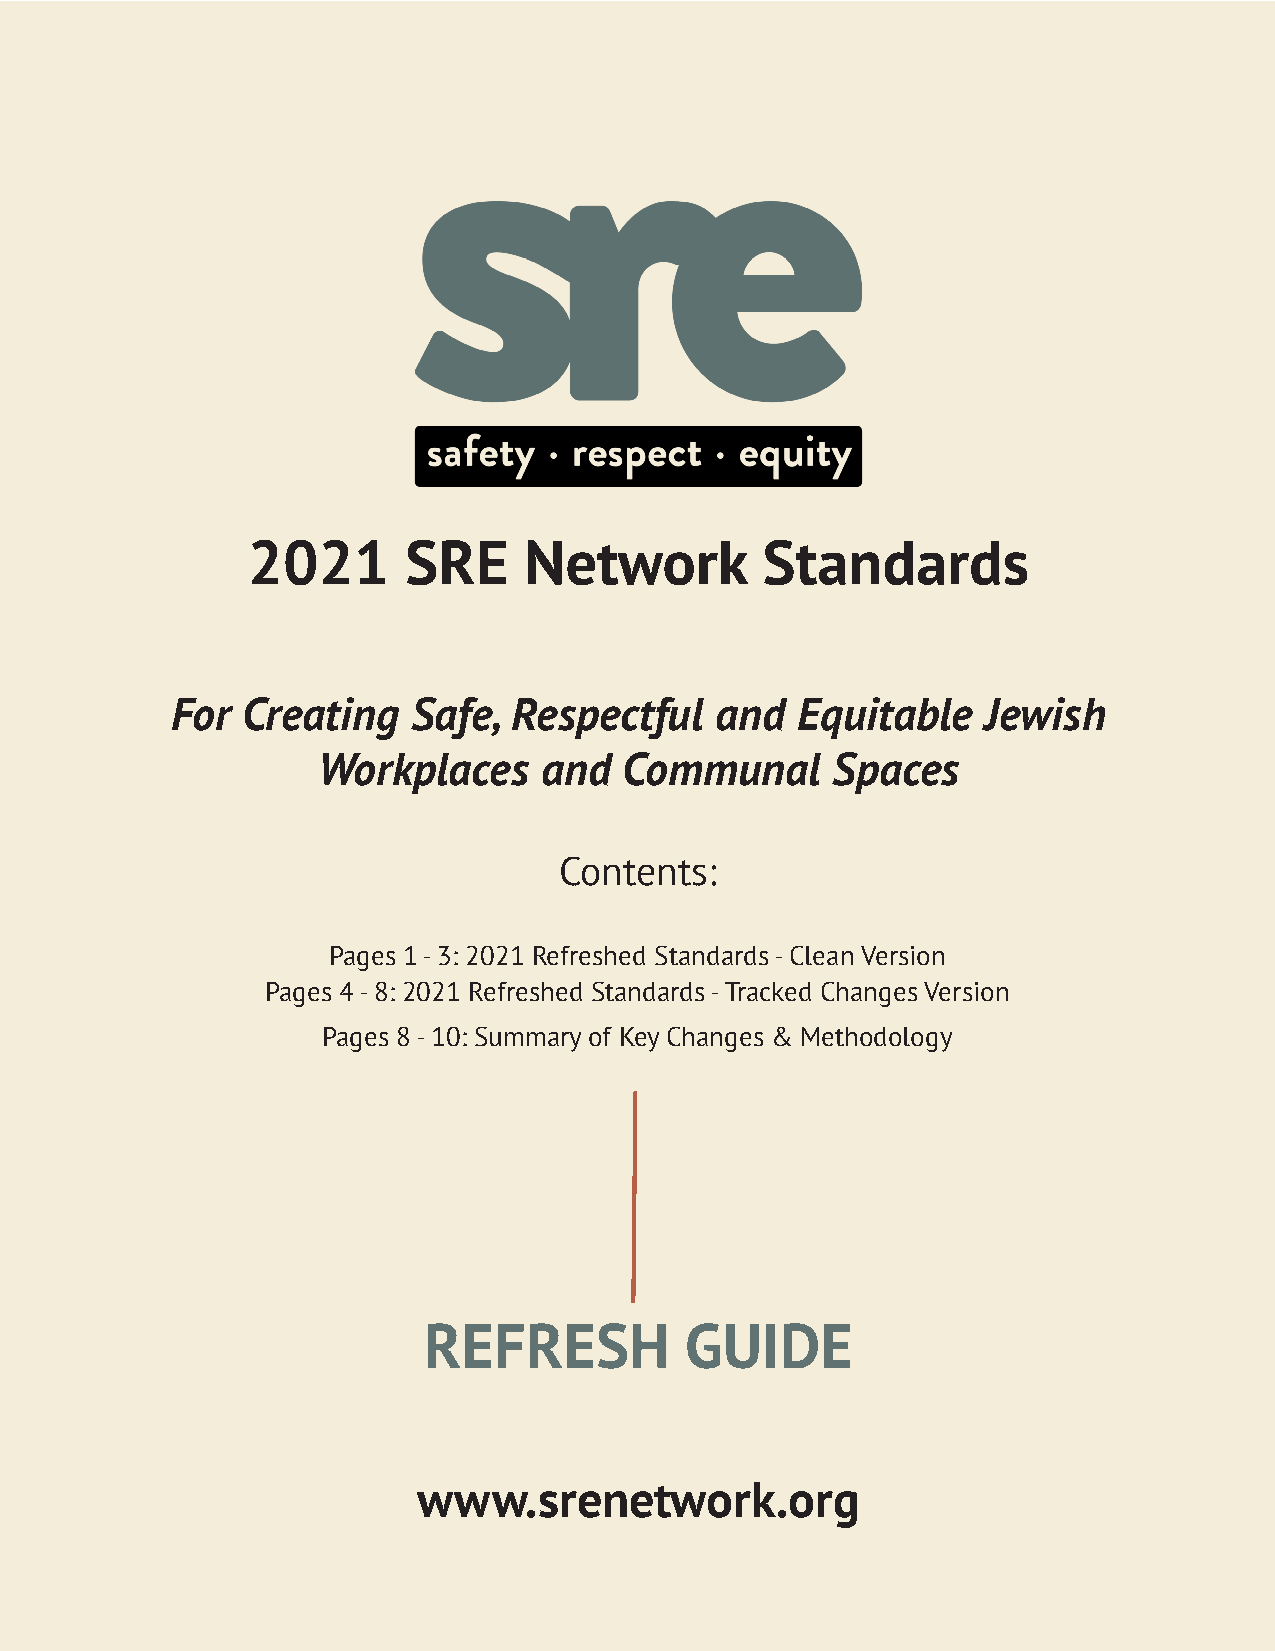
2021       SRE     Network        Standards
 For  Creating   Safe,  Respectful   and   Equitable   Jewish
 Workplaces     and  Communal      Spaces
 Contents:
 Pages 1 - 3: 2021 Refreshed Standards - Clean Version
 Pages 4 - 8: 2021 Refreshed Standards - Tracked Changes Version
 Pages 8 - 10: Summary of Key Changes & Methodology
 REFRESH          GUIDE
 www.srenetwork.org